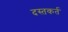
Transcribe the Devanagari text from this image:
दस्तकर्त